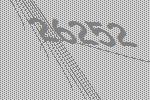
26252